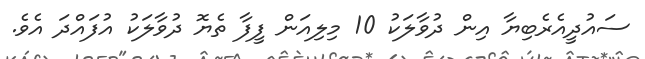
ސައުދީއެރެބިޔާ އިން ދުވާލަކު 10 މިލިއަން ފީފާ ތެޔޮ ދުވާލަކު އުފައްދަ އެވެ.